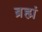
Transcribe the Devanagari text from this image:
ब्रह्मं